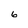
Character: 6